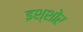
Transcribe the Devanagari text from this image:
इश्शोर